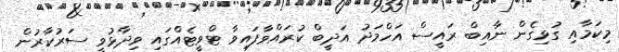
މިކަމާއި ގުޅިގެން ނާއިބް ރައީސް އަހްމަދު އަދީބް ކުރައްވާފައިވާ ޓްވީޓެއްގައި ވިދާޅުވީ ސަރުކާރުން